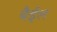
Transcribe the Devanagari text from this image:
बैईल